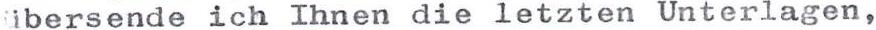
ibersende ich Ihnen die letzten Unterlagen,